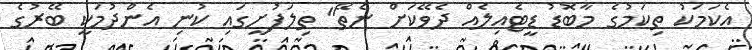
އެކަމަކު ތިކަމުގެ މާބޮޑު ޑީޓެއިލެއް ދެވޭކަށް ނެތޭ" ތިލަފުށީގައި ކުނި އެންދުމަކީ ބޭރުގެ